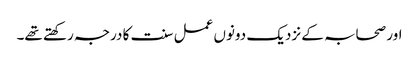
اور صحابہ کے نزدیک دونوں عمل سنت کا درجہ رکھتے تھے۔